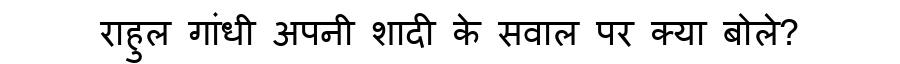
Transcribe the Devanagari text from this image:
राहुल गांधी अपनी शादी के सवाल पर क्या बोले?